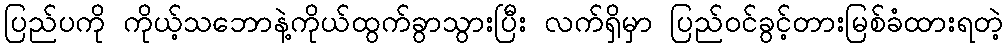
ပြည်ပကို ကိုယ့်သဘောနဲ့ကိုယ်ထွက်ခွာသွားပြီး လက်ရှိမှာ ပြည်ဝင်ခွင့်တားမြစ်ခံထားရတဲ့